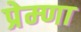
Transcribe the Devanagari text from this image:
प्रेम्णा